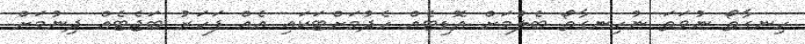
ހިނގާތޯ ނުވަތަ ނުހިނގާތޯ ބެލުމަށް އޮޑިޓެއް ހެދުމަށްޓަކައި އެއް ފަހަރު ބަޖެޓެއް ދިނުމަށް